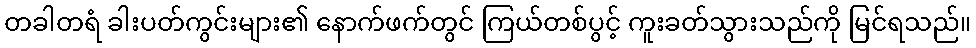
တခါတရံ ခါးပတ်ကွင်းများ၏ နောက်ဖက်တွင် ကြယ်တစ်ပွင့် ကူးခတ်သွားသည်ကို မြင်ရသည်။